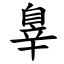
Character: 辠